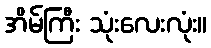
အိမ်ကြီး သုံးလေးလုံး။